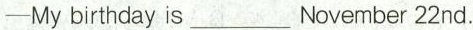
-My birthday is_November 22nd.